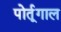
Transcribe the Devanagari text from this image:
पोर्तूगाल